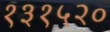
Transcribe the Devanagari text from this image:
१३१५२०